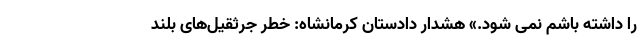
را داشته باشم نمی شود.» هشدار دادستان کرمانشاه: خطر جرثقیل‌های بلند